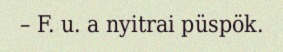
– F. u. a nyitrai püspök.